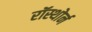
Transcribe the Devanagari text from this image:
रॉस्थोर्न